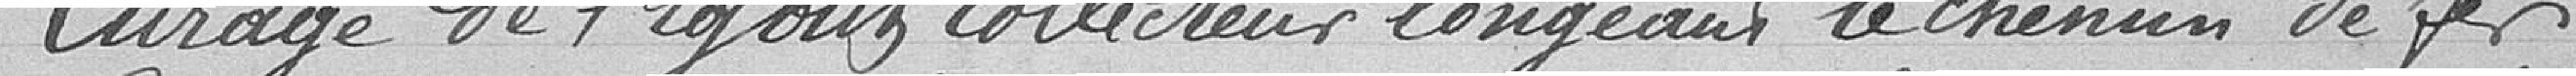
Curage de l'égout collecteur longeant le chemin de fer